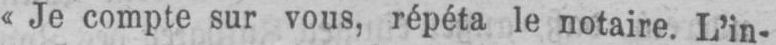
«Je compte sur vous, répéta le notaire. L’in-